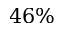
4 6 \%